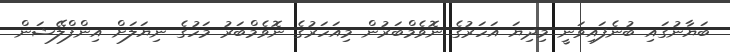
ބަޔާނުގައި ބުނެފައިވަނީ މިދިޔަ އަހަރުގެ ނޮވެމްބަރުން މިއަހަރުގެ ނޮވެމްބަރު މަހުގެ ނިޔަލަށް އިންފްލޭޝަން